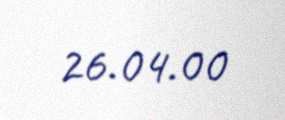
26.04.00